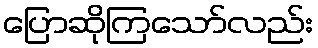
ပြောဆိုကြသော်လည်း